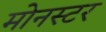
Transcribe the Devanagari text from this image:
मोनस्टर